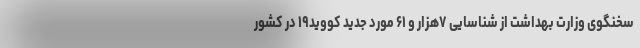
سخنگوی وزارت بهداشت از شناسایی ۷هزار و ۶۱ مورد جدید کووید۱۹ در کشور